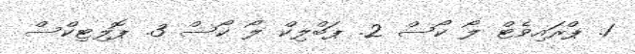
1. ޕްރައިވެޓް ލޯ ކޯސް 2. ޕަބްލިކް ލޯ ކޯސް 3. ޕޮލިޓިކްސް